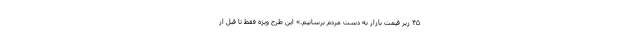
۴۵ زیر قیمت بازار به دست مردم برسانیم.» این طرح ویژه فقط تا قبل از